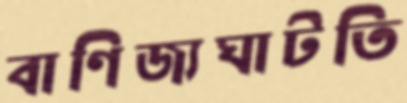
বাণিজ্যঘাটতি